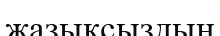
жазықсыздың